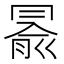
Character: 𠕦